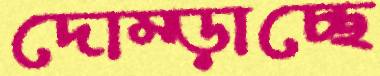
দোম্‌ড়াচ্ছে